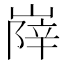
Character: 𡺰